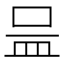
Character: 𱲌